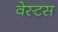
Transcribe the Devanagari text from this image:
वेस्टस